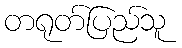
တရုတ်ပြည်သူ